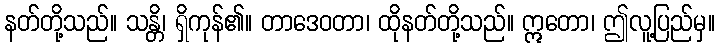
နတ်တို့သည်။ သန္တိ၊ ရှိကုန်၏။ တာဒေဝတာ၊ ထိုနတ်တို့သည်။ ဣတော၊ ဤလူ့ပြည်မှ။